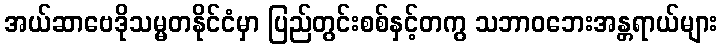
အယ်ဆာဗေဒိုသမ္မတနိုင်ငံမှာ ပြည်တွင်းစစ်နှင့်တကွ သဘာဝဘေးအန္တရာယ်များ